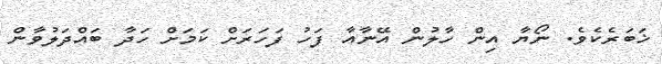
ޚަބަރެކެވެ. ނޯޔާ އިން ހާލުން އޭނާއާ ފަހު ފަހަރަށް ކަމަށް ހަދާ ބައްދަލުވާން